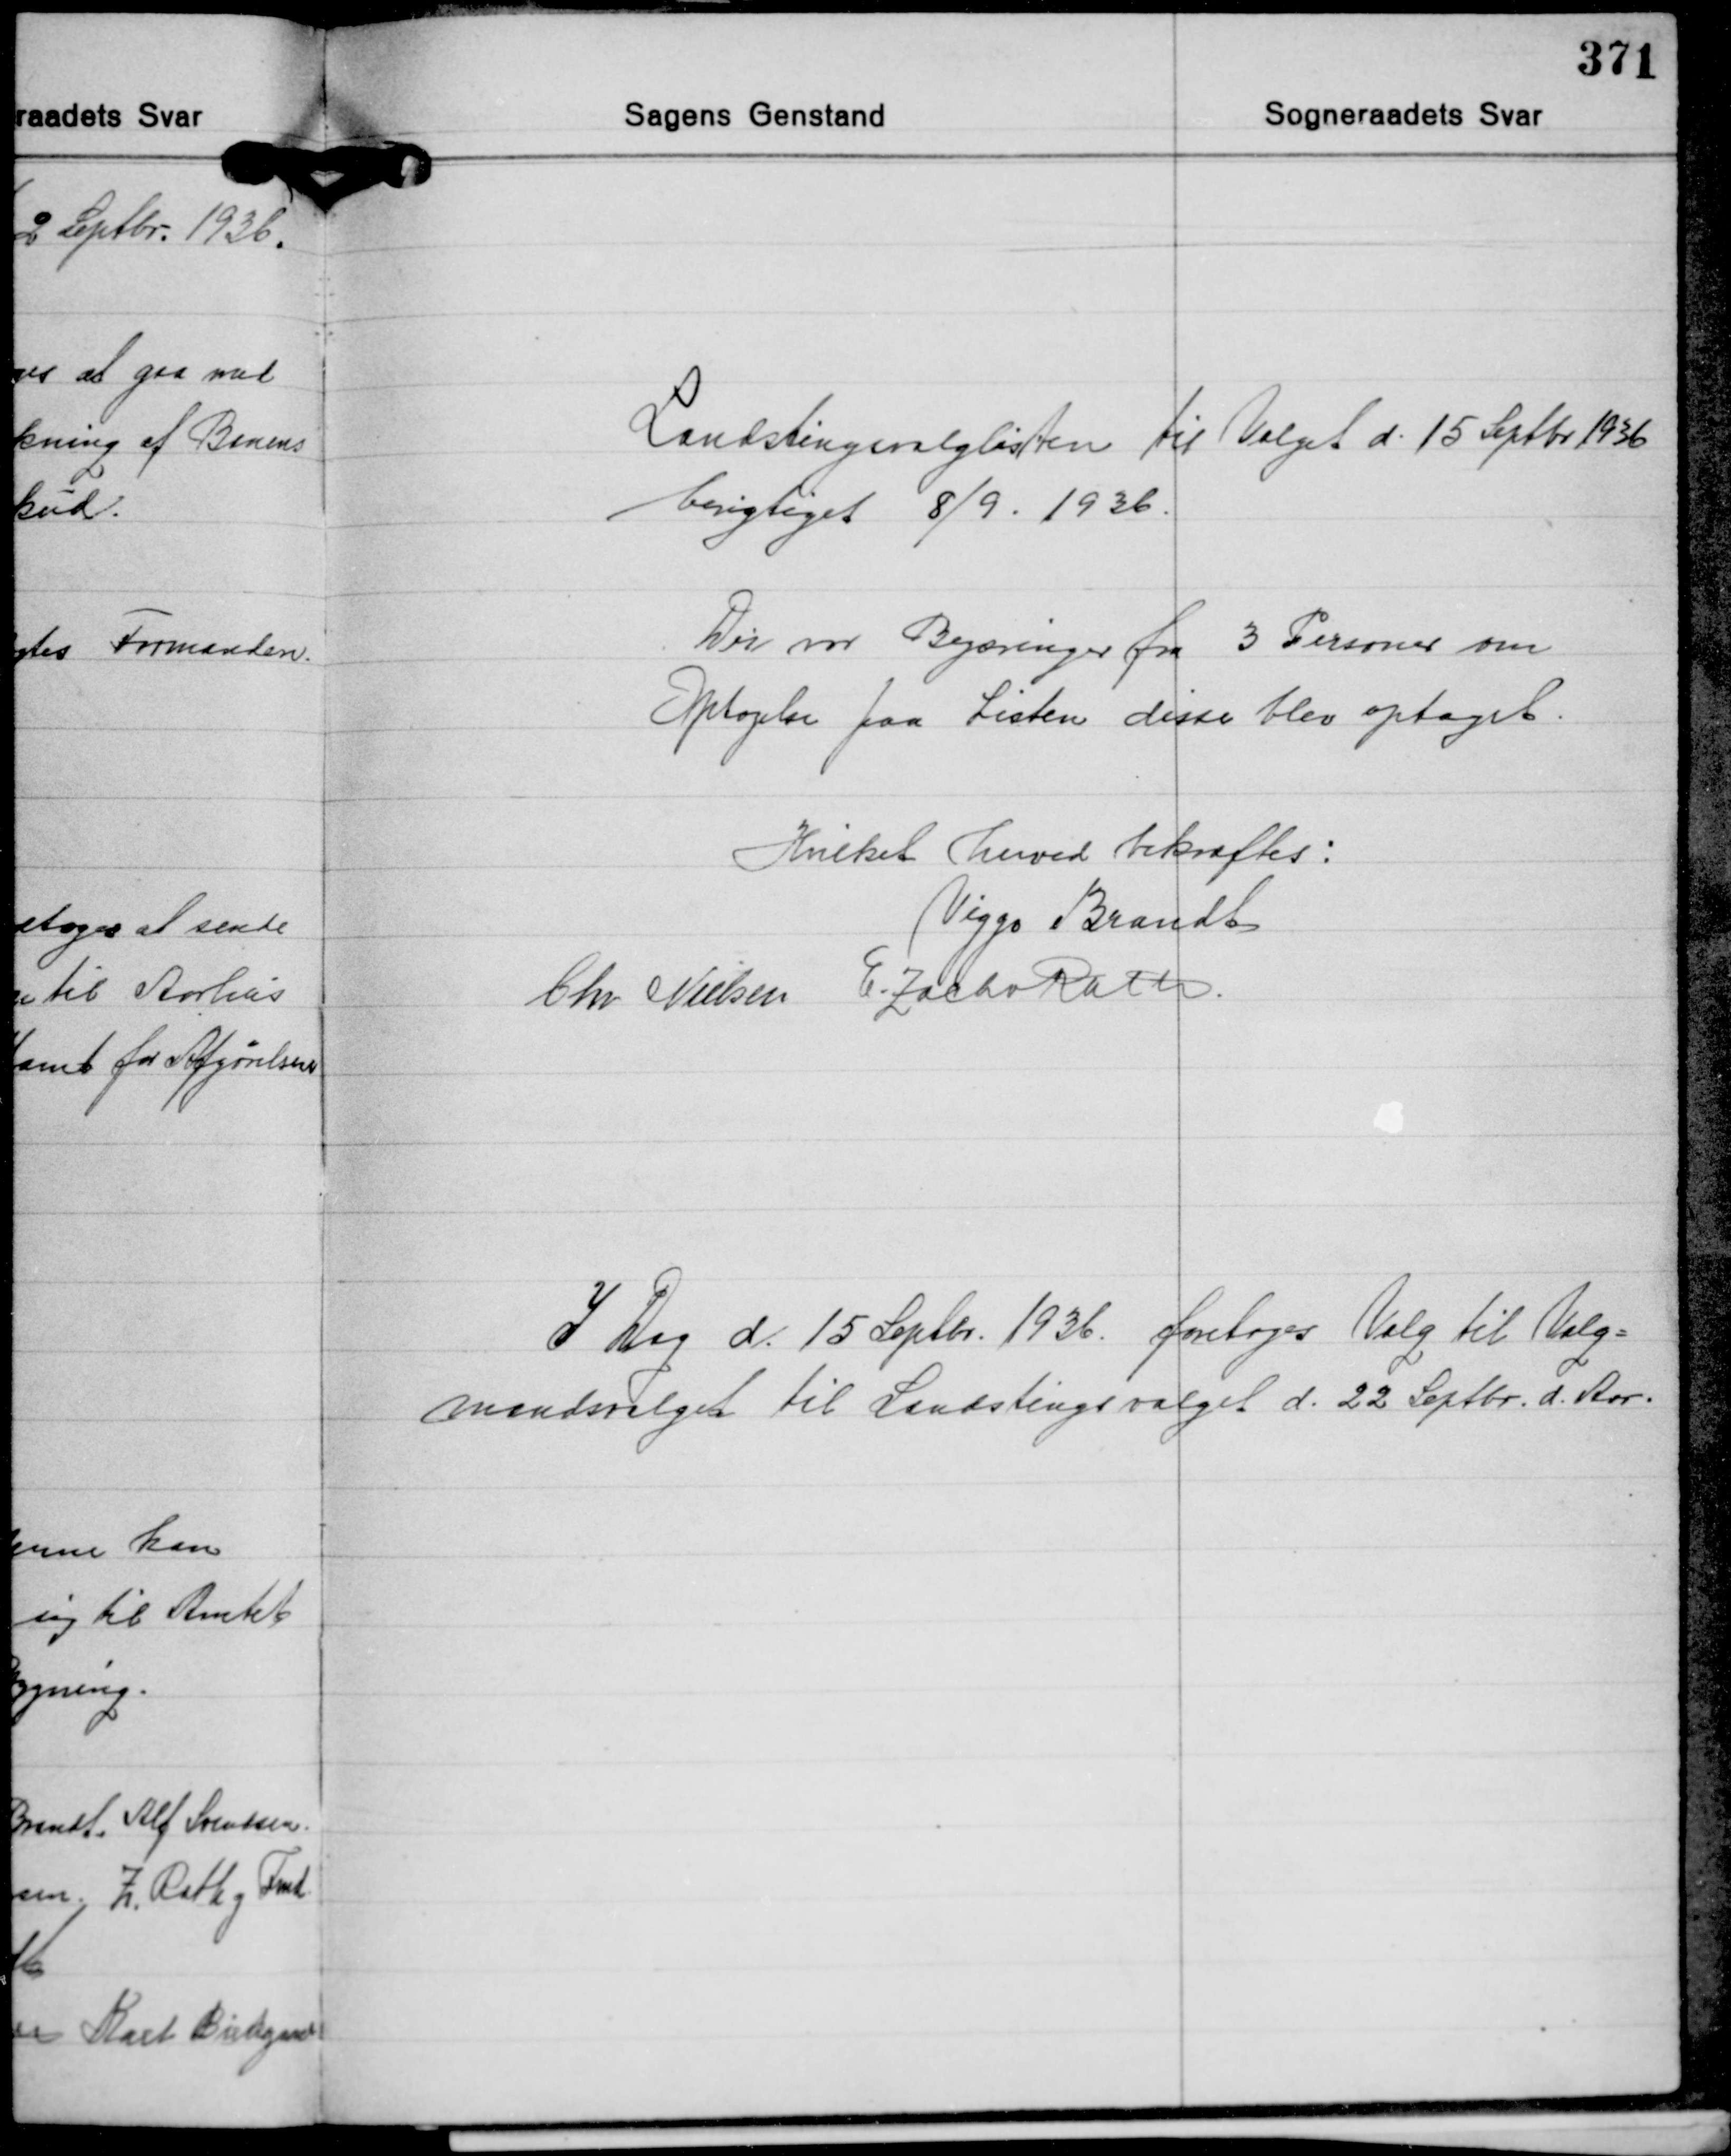
Transskription:
Landstingsvalglisten til Valget d. 15 Septbr. 1936
berigtiget 8/9 1936.

Der var Begæringer fra 3 Personer om
Optagelse paa Listen disse blev optaget.

Hvilket herved bekræftes:
Viggo Brandt
Chr. Nielsen E. Zacho Rath

I Dag d. 15 Septbr. 1936 foretoges Valg til Valg-
mandsvalget til Landstingsvalget d. 22 Septbr. d. Aar.